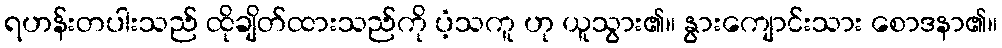
ရဟန်းတပါးသည် ထိုချိတ်ထားသည်ကို ပံ့သကူ ဟု ယူသွား၏။ နွားကျောင်းသား စောဒနာ၏။